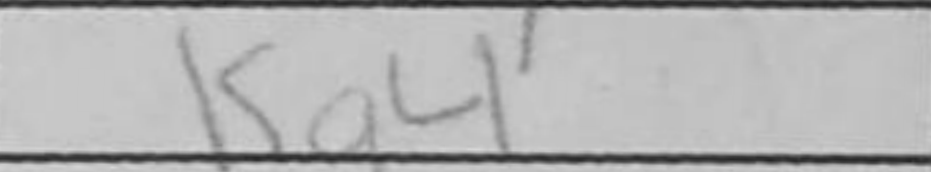
Transcription: Kg4